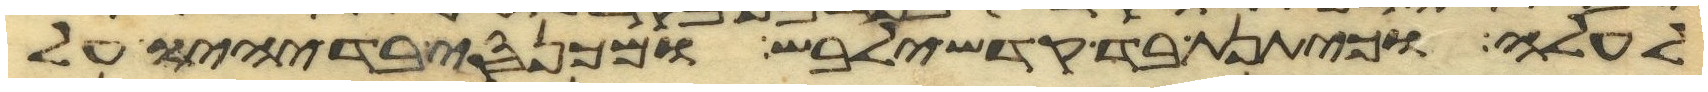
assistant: לעלה וכיתנת בד קדש ילבש ומכנסי בד יהיו על